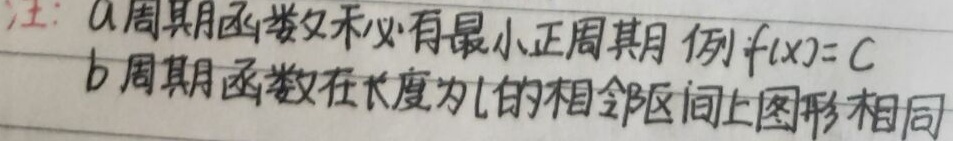
注：a. 周期函数未必有最小正周期，例\(f(x)=C\)。b. 周期函数在长度为\(l\)的相邻区间上图形相同。